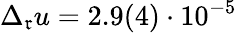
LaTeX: \Delta_{\mathfrak{r}}u=2.9(4)\cdot10^{-5}